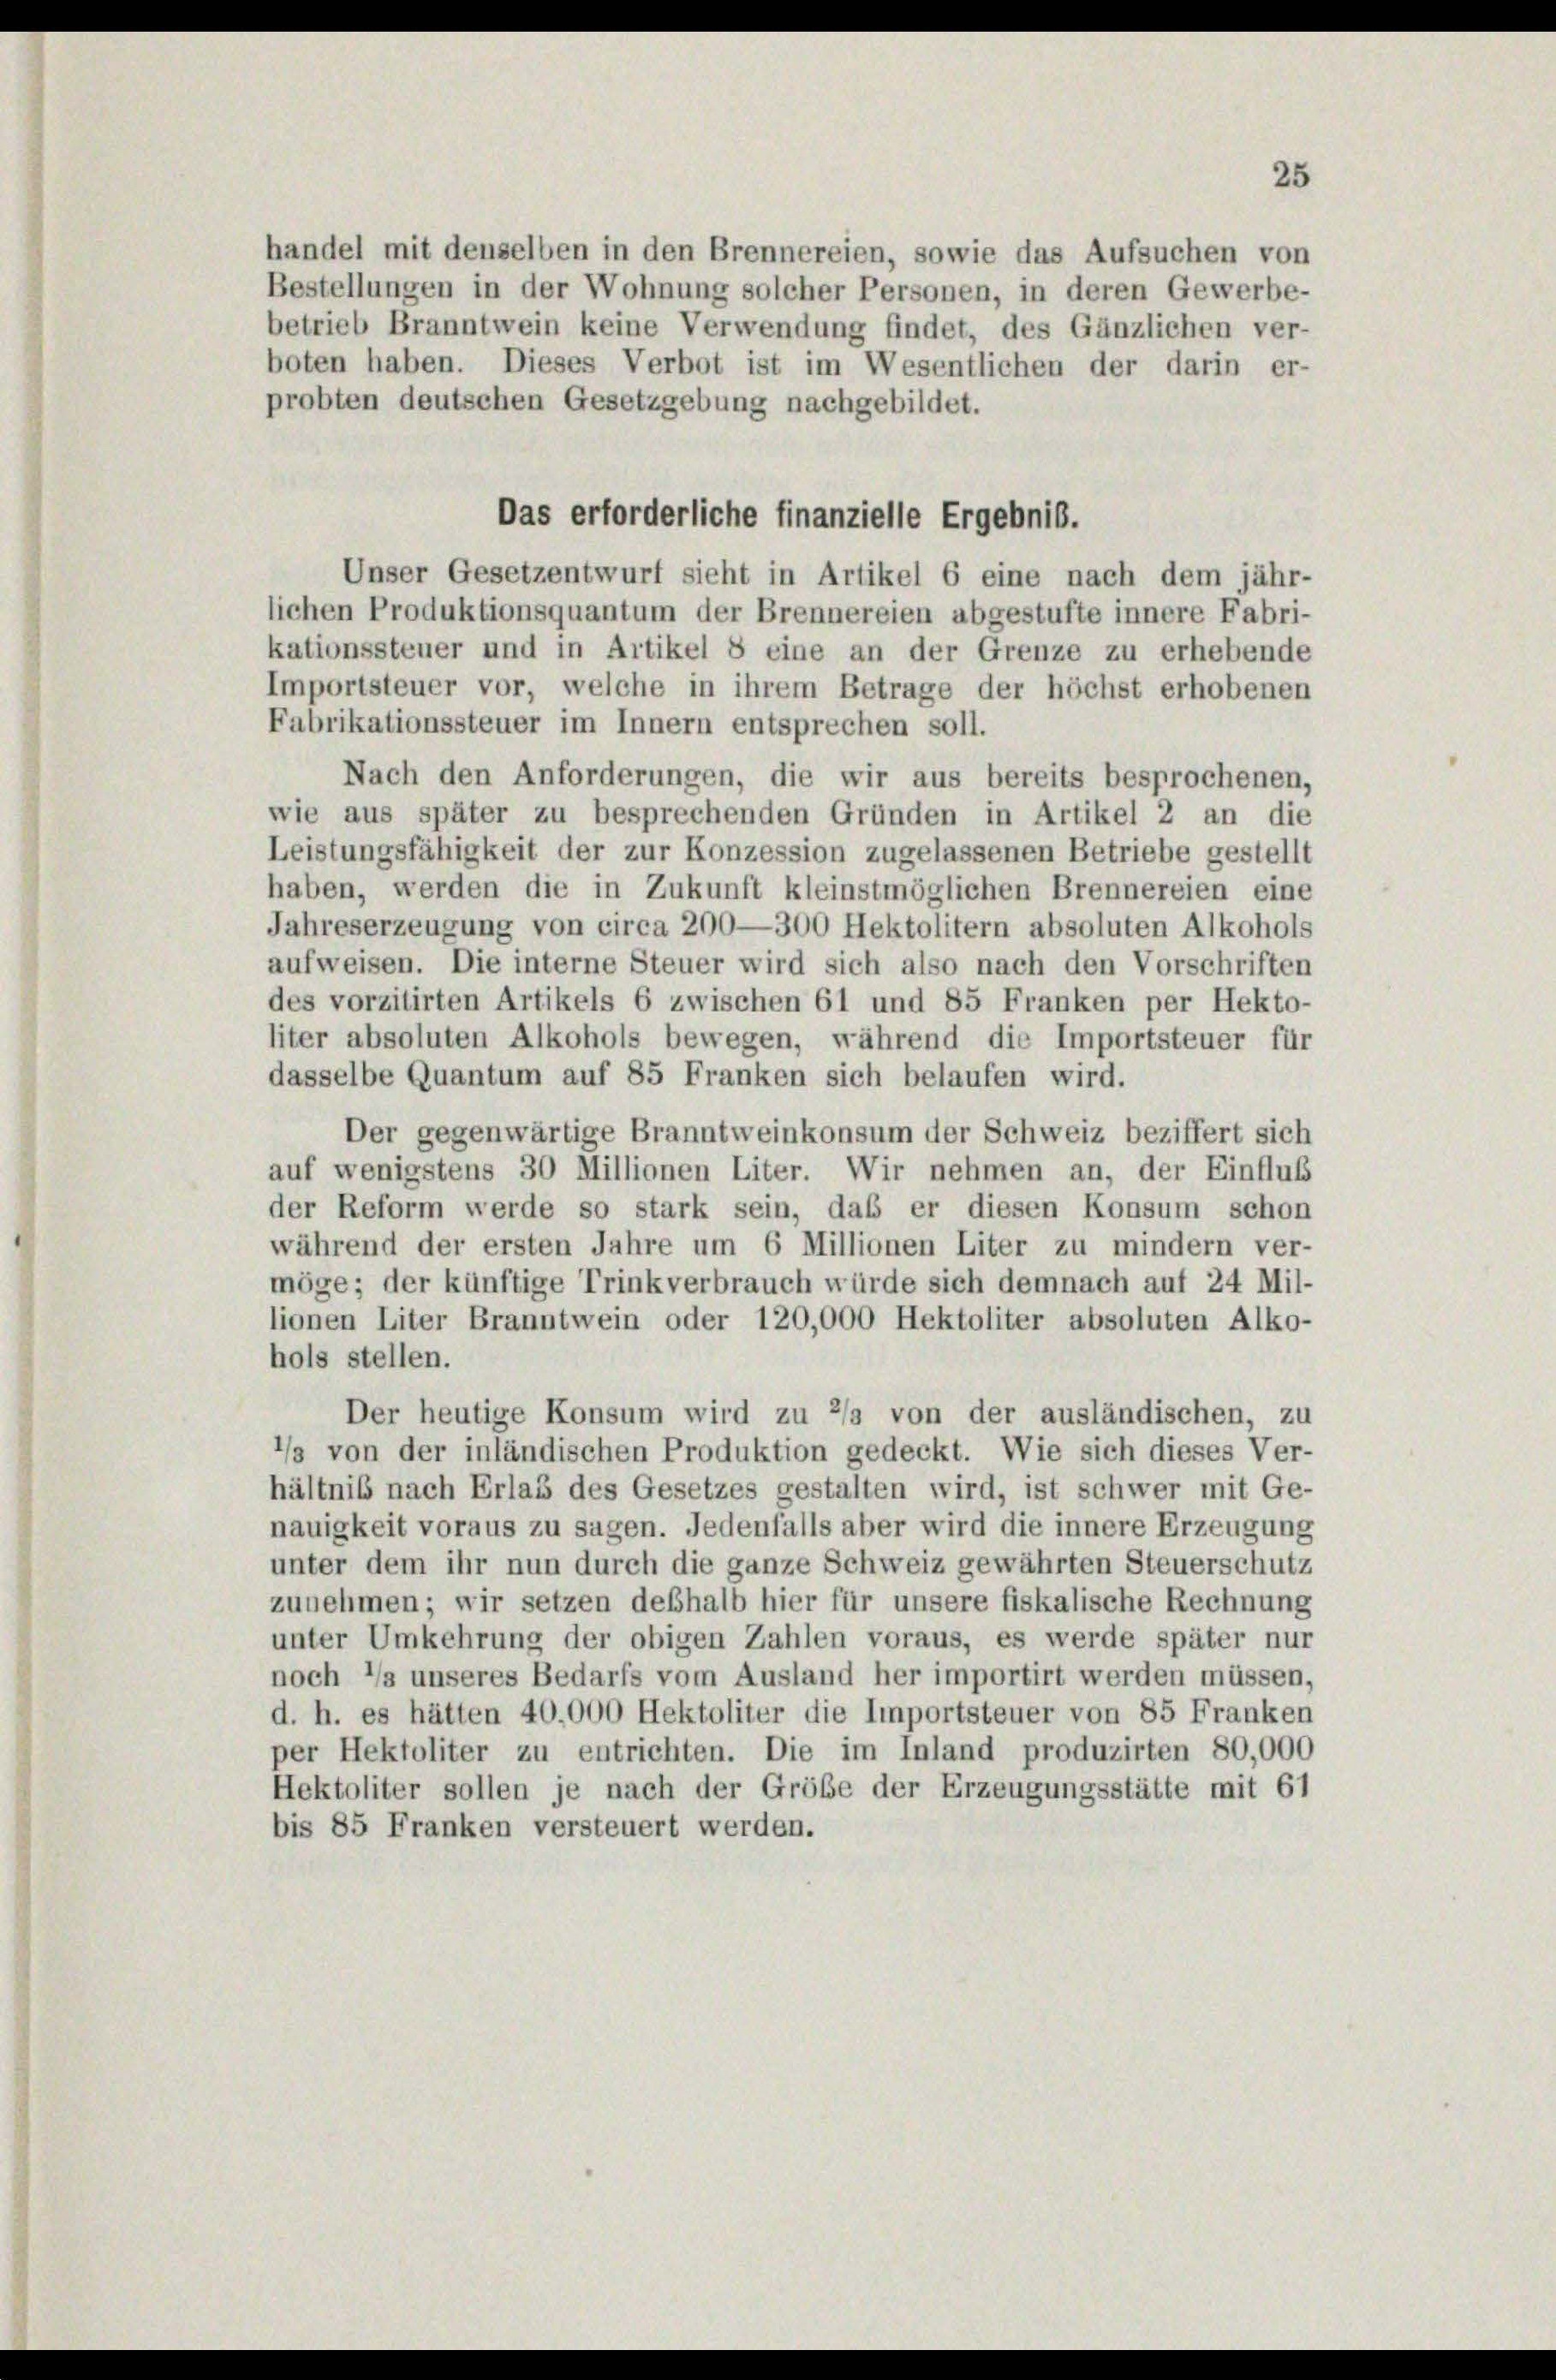
handel mit denselben in den Brennereien, sowie das Aufsuchen von
Bestellungen in der Wohnung solcher Personen, in deren Gewerbe-
betrieb Branntwein keine Verwendung findet, des Gänzlichen ver-

boten haben. Dieses Verbot ist im Wesentlichen der darin er-
probten deutschen Gesetzgebung nachgebildet.
Das erforderliche finanzielle Ergebnis.
Unser Gesetzentwurf sieht in Artikel 6 eine nach dem jähr-
lichen Produktionsquantum der Brennereien abgestufte innere Fabri-
kationssteuer und in Artikel 8 eine an der Grenze zu erhebende
Importsteuer vor, welche in ihrem Betrage der höchst erhobenen
Fabrikationssteuer im Innern entsprechen soll.
Nach den Anforderungen, die wir aus bereits besprochenen,
wie aus später zu besprechenden Gründen in Artikel 2 an die
Leistungsfähigkeit der zur Konzession zugelassenen Betriebe gestellt
haben, werden die in Zukunft kleinstmöglichen Brennereien eine
Jahreserzeugung von circa 200—300 Hektolitern absoluten Alkohols
aufweisen. Die interne Steuer wird sich also nach den Vorschriften
des vorzitirten Artikels 6 zwischen 61 und 85 Franken per Hekto-
liter absoluten Alkohols bewegen, während die Importsteuer für
dasselbe Quantum auf 85 Franken sich belaufen wird.
Der gegenwärtige Branntweinkonsum der Schweiz beziffert sich
auf wenigstens 30 Millionen Liter. Wir nehmen an, der Einfluß
der Reform werde so stark sein, daß er diesen Konsum schon
während der ersten Jahre um 6 Millionen Liter zu mindern ver-
möge; der künftige Trinkverbrauch würde sich demnach auf 24 Mil-
lionen Liter Branntwein oder 120,000 Hektoliter absoluten Alko-
hols stellen.
Der heutige Konsum wird zu 2/3 von der ausländischen, zu
’/s von der inländischen Produktion gedeckt. Wie sich dieses Ver-
hältnis nach Erlas des Gesetzes gestalten wird, ist schwer mit Ge-
nauigkeit voraus zu sagen. Jedenfalls aber wird die innere Erzeugung
unter dem ihr nun durch die ganze Schweiz gewährten Steuerschutz
zunehmen; wir setzen deshalb hier für unsere fiskalische Rechnung
unter Umkehrung der obigen Zahlen voraus, es werde später nur
noch */s unseres Bedarfs vom Ausland her importirt werden müssen,
d. h. es hätten 40,000 Hektoliter die Importsteuer von 85 Franken
per Hektoliter zu entrichten. Die im Inland produzirten 80,000
Hektoliter sollen je nach der Größe der Erzeugungsstätte mit 61
bis 85 Franken versteuert werden.

25